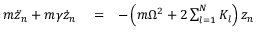
\begin{array} { r l r } { m \ddot { z } _ { n } + m \gamma \dot { z } _ { n } } & { { } = } & { - \left( m \Omega ^ { 2 } + 2 \sum _ { l = 1 } ^ { N } K _ { l } \right) z _ { n } } \end{array}